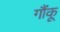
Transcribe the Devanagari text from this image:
गौंकू